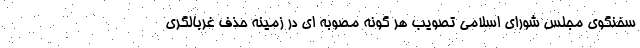
سخنگوی مجلس شورای اسلامی تصویب هر گونه مصوبه ای در زمینه حذف غربالگری